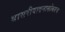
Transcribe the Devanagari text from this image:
बासरीवादनासोबतच